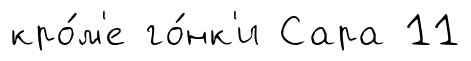
кро́м'е го́нк'и Сара 11